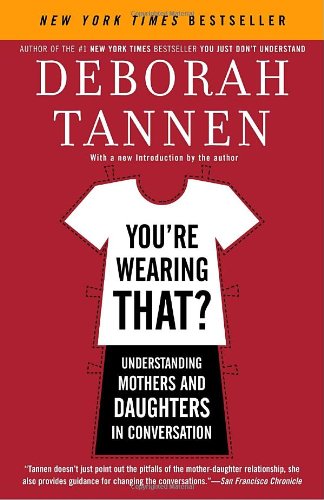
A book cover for You're Wearing That?: Understanding Mothers and Daughters in Conversation; Deborah Tannen; Parenting & Relationships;